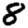
Digit: 8